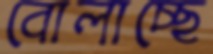
বোলাচ্ছে